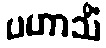
ပဟာသိံ